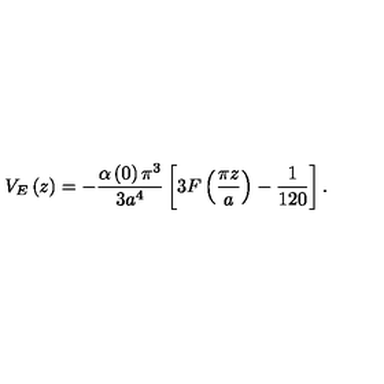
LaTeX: V _ { E } \left( z \right) = - \frac { \alpha \left( 0 \right) \pi ^ { 3 } } { 3 a ^ { 4 } } \left[ 3 F \left( \frac { \pi z } { a } \right) - \frac { 1 } { 1 2 0 } \right] .